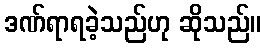
ဒဏ်ရာရခဲ့သည်ဟု ဆိုသည်။